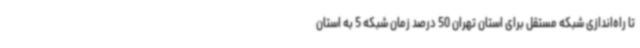
تا راه‌اندازی شبکه مستقل برای استان تهران 50 درصد زمان شبکه 5 به استان